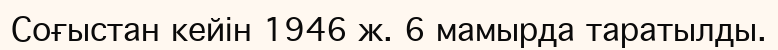
Соғыстан кейін 1946 ж. 6 мамырда таратылды.